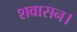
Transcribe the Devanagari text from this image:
शवासन।